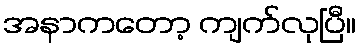
အနာကတော့ ကျက်လုပြီ။